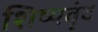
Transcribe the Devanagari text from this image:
शिष्यवृंद